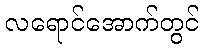
လရောင်အောက်တွင်